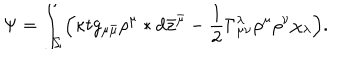
\Psi = \int _ { \Sigma } \Bigl ( \kappa t g _ { \mu \bar { \mu } } \rho ^ { \mu } * d \bar { z } ^ { \bar { \mu } } - \frac { 1 } { 2 } \Gamma _ { \mu \nu } ^ { \lambda } \rho ^ { \mu } \rho ^ { \nu } \chi _ { \lambda } \Bigr ) .